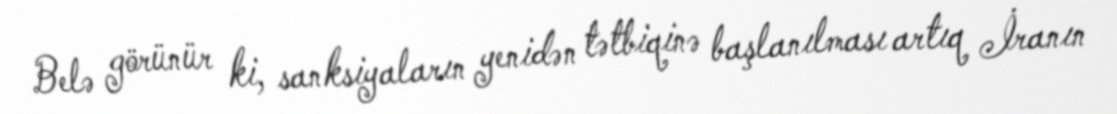
Belə görünür ki, sanksiyaların yenidən tətbiqinə başlanılması artıq İranın